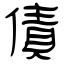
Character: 債